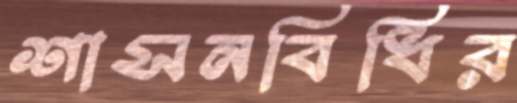
শাসনবিধির